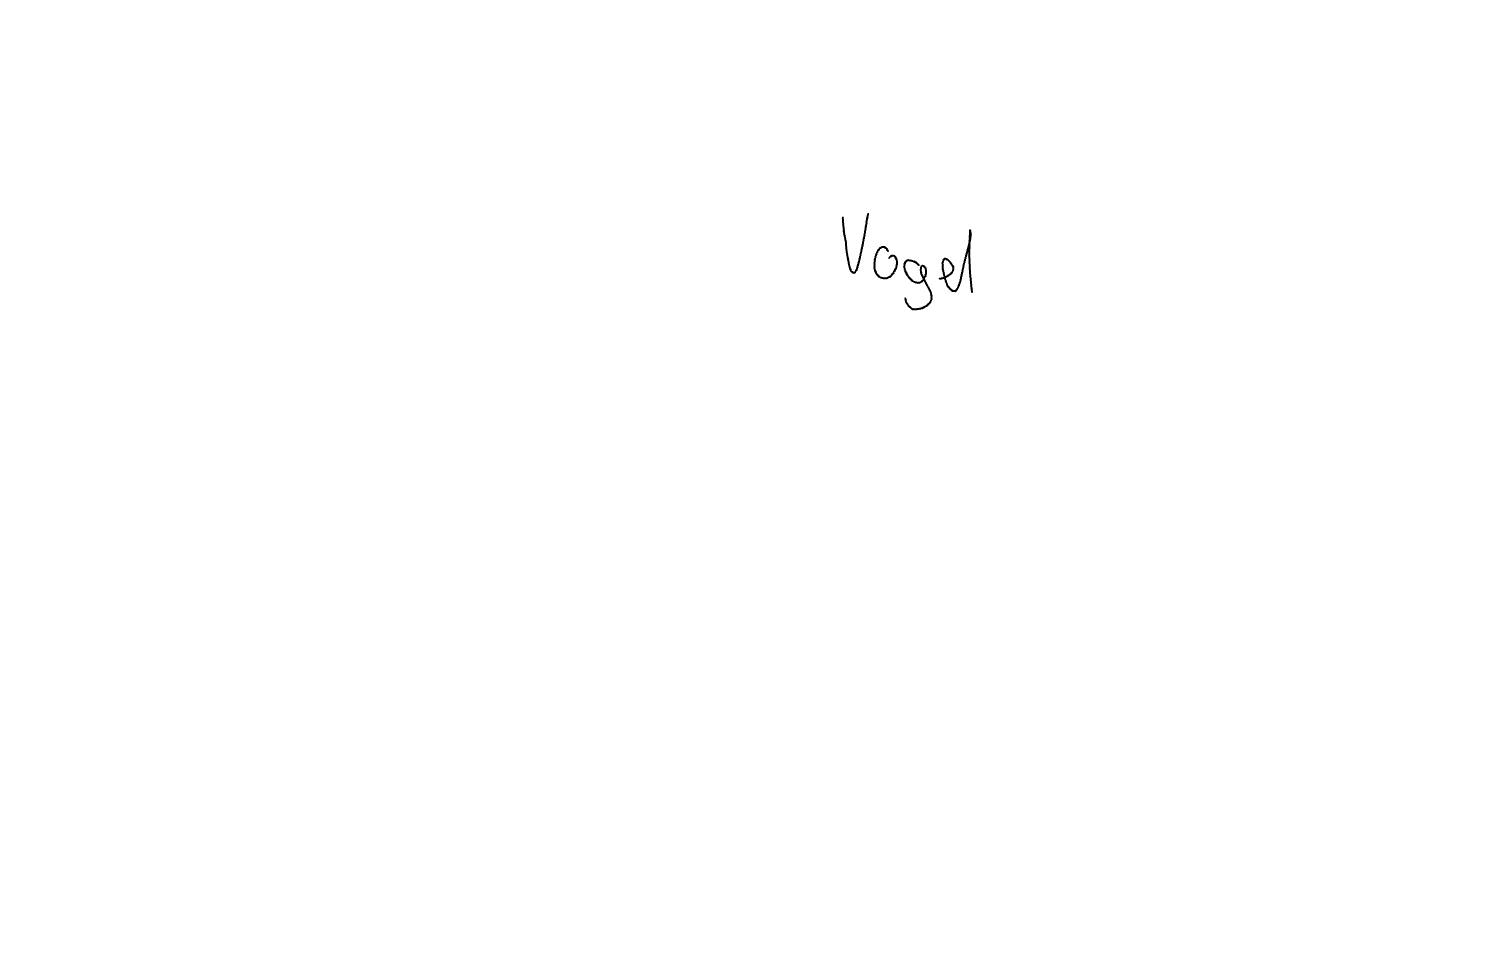
Text: Vogel